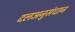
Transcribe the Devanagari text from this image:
दलअनुसंधान